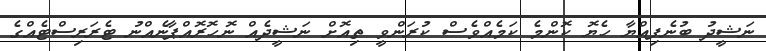
ނަޝީދު ބުނެފިއްޔާ ހެޔޮ ކޮންމެ ކަމެއްވެސް ކުރަންވީ ތިއޮށް ނަޝީދެއް ނޮހޮރޮއްޕާނެއްނު ޓެރަރިސްޓެއްގެ